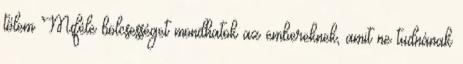
tőlem Miféle bölcsességet mondhatok az embereknek, amit ne tudnának